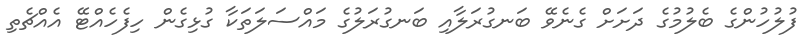
ފުލުހުންގެ ބެލުމުގެ ދަށަށް ގެނެވޭ ބަނގުރަލާއި ބަނގުރަލުގެ މައްސަލަތަކާ ގުޅިގެން ހިފެހެއްޓޭ އެއްޗެތި